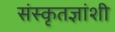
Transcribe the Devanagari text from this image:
संस्कृतज्ञांशी